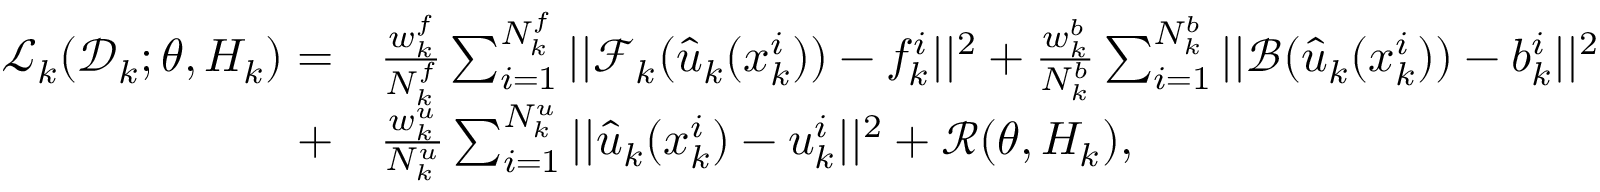
\begin{array} { r l } { \mathcal { L } _ { k } ( \mathcal { D } _ { k } ; \theta , H _ { k } ) = } & { \frac { w _ { k } ^ { f } } { N _ { k } ^ { f } } \sum _ { i = 1 } ^ { N _ { k } ^ { f } } | | \mathcal { F } _ { k } ( \hat { u } _ { k } ( x _ { k } ^ { i } ) ) - f _ { k } ^ { i } | | ^ { 2 } + \frac { w _ { k } ^ { b } } { N _ { k } ^ { b } } \sum _ { i = 1 } ^ { N _ { k } ^ { b } } | | \mathcal { B } ( \hat { u } _ { k } ( x _ { k } ^ { i } ) ) - b _ { k } ^ { i } | | ^ { 2 } } \\ { + } & { \frac { w _ { k } ^ { u } } { N _ { k } ^ { u } } \sum _ { i = 1 } ^ { N _ { k } ^ { u } } | | \hat { u } _ { k } ( x _ { k } ^ { i } ) - u _ { k } ^ { i } | | ^ { 2 } + \mathcal { R } ( \theta , H _ { k } ) , } \end{array}